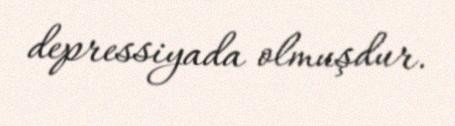
depressiyada olmuşdur.